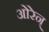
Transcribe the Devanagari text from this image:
ओरेन्